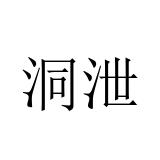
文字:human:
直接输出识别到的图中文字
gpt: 洞泄